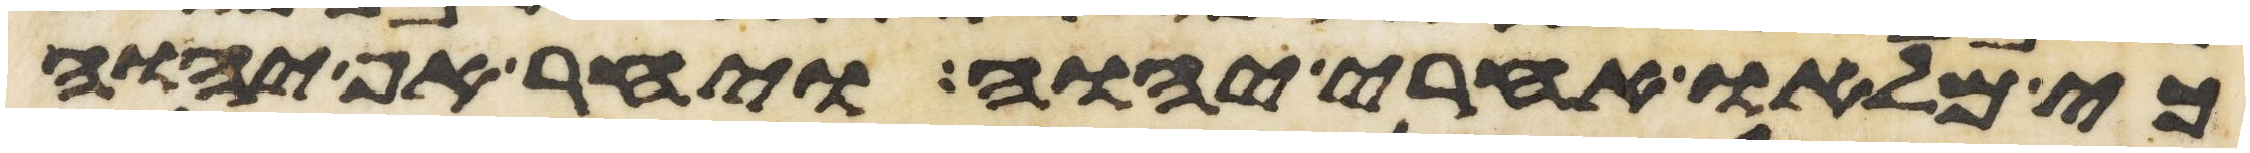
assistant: כי מלאו אחרי יהוה ויחר אף יהוה